Lunatic asylums Punjab 1881-1894 - 1881-1894
Year: 1881
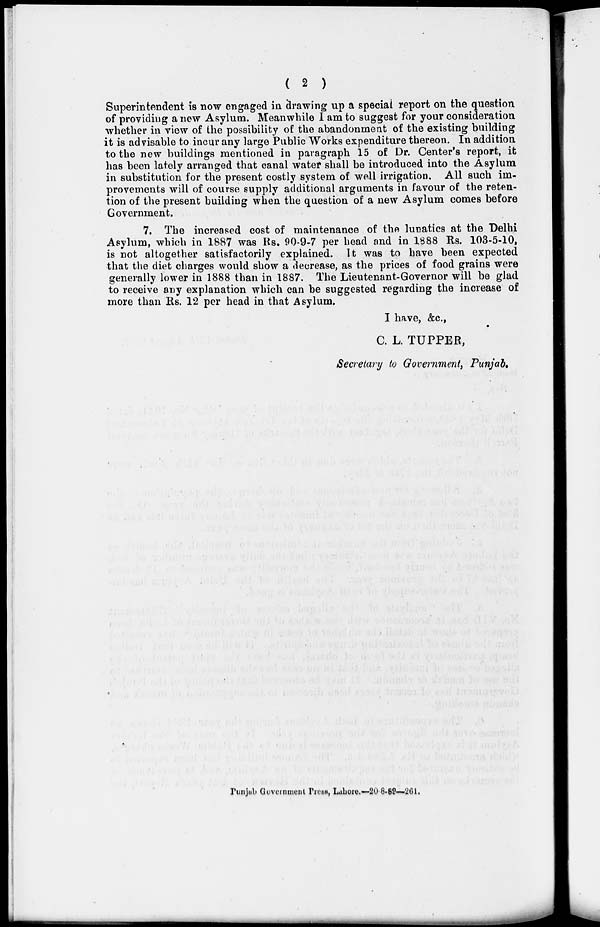
( 2 )
Superintendent is now engaged in drawing up a special report on the question
of providing a new Asylum. Meanwhile I am to suggest for your consideration
whether in view of the possibility of the abandonment of the existing building
it is advisable to incur any large Public Works expenditure thereon. In addition
to the new buildings mentioned in paragraph 15 of Dr. Center's report, it
has been lately arranged that canal water shall be introduced into the Asylum
in substitution for the present costly system of well irrigation. All such im-
provements will of course supply additional arguments in favour of the reten-
tion of the present building when the question of a new Asylum comes before
Government.
7. The increased cost of maintenance of the lunatics at the Delhi
Asylum, which in 1887 was Rs. 90-9-7 per head and in 1888 Rs. 103-5-10,
is not altogether satisfactorily explained. It was to have been expected
that the diet charges would show a decrease, as the prices of food grains were
generally lower in 1888 than in 1887. The Lieutenant-Governor will be glad
to receive any explanation which can be suggested regarding the increase of
more than Rs. 12 per head in that Asylum.
I have, &c.,
C. L. TUPPER,
Secretary to Government, Punjab.
Punjab Government Prees, Lahore.—20 8-89—261.